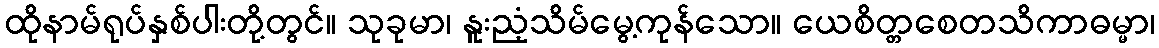
ထိုနာမ်ရုပ်နှစ်ပါးတို့တွင်။ သုခုမာ၊ နူးညံ့သိမ်မွေ့ကုန်သော။ ယေစိတ္တစေတသိကာဓမ္မာ၊